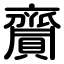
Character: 齎